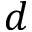
d